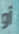
أو